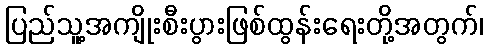
ပြည်သူ့အကျိုးစီးပွားဖြစ်ထွန်းရေးတို့အတွက်၊